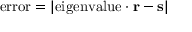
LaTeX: { \mathrm { e r r o r } } = | { \mathrm { e i g e n v a l u e } } \cdot \mathbf { r } - \mathbf { s } |